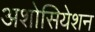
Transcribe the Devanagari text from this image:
अशोसियेशन